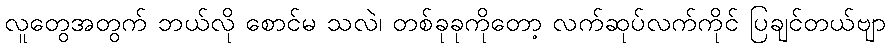
လူတွေအတွက် ဘယ်လို စောင်မ သလဲ၊ တစ်ခုခုကိုတော့ လက်ဆုပ်လက်ကိုင် ပြချင်တယ်ဗျာ